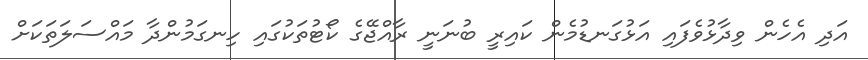
އަދި އެހެން ވިދާޅުވެފައި އަޅުގަނޑުމެން ކައިރީ ބުނަނީ ރާއްޖޭގެ ކޯޓުތަކުގައި ހިނގަމުންދާ މައްސަލަތަކަށް